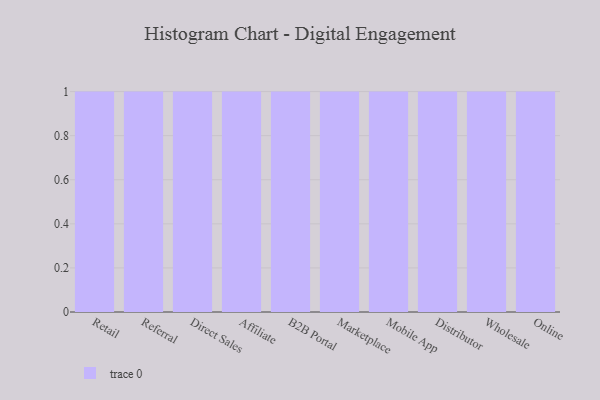
{"axis": {"x": "Channel", "y": "Tickets Resolved"}, "legend": [""], "data": [{"x": "Retail", "y": 17, "type": ""}, {"x": "Referral", "y": 79, "type": ""}, {"x": "Direct Sales", "y": 78, "type": ""}, {"x": "Affiliate", "y": 24, "type": ""}, {"x": "B2B Portal", "y": 68, "type": ""}, {"x": "Marketplace", "y": 85, "type": ""}, {"x": "Mobile App", "y": 65, "type": ""}, {"x": "Distributor", "y": 55, "type": ""}, {"x": "Wholesale", "y": 37, "type": ""}, {"x": "Online", "y": 1, "type": ""}]}